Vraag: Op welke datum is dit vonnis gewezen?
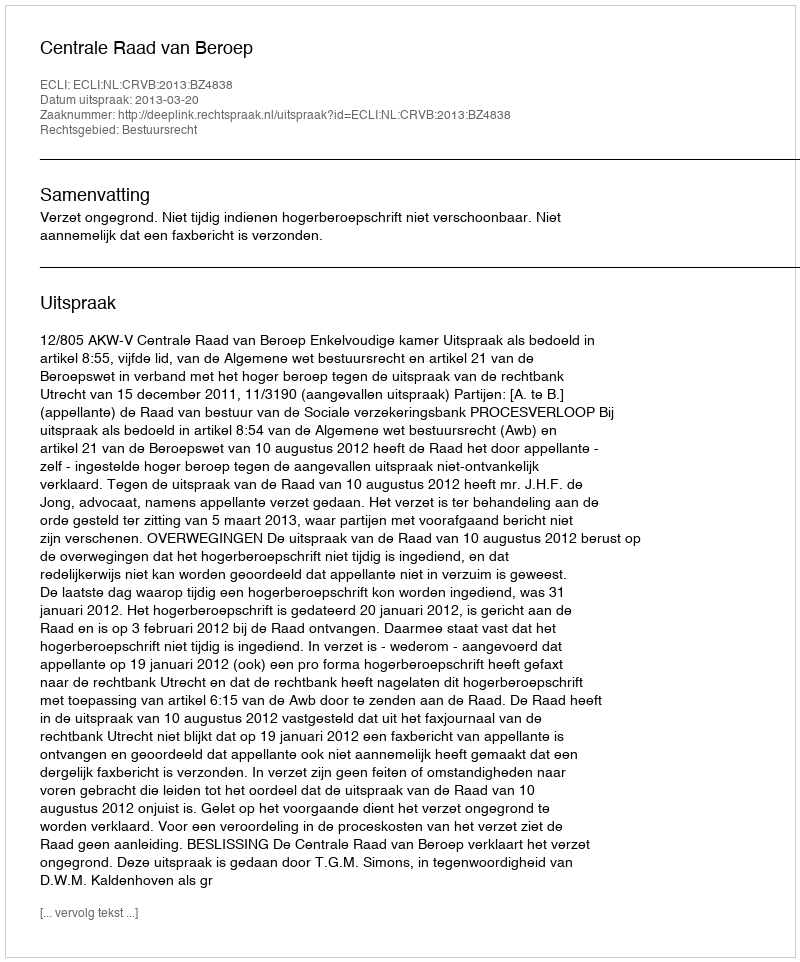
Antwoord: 2013-03-20